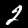
Label: 2